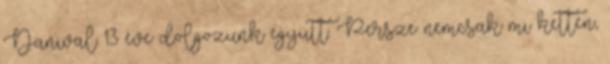
Danival 13 éve dolgozunk együtt. Persze nemcsak mi ketten,